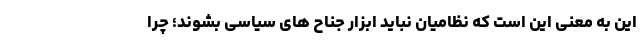
این به معنی این است که نظامیان نباید ابزار جناح های سیاسی بشوند؛ چرا